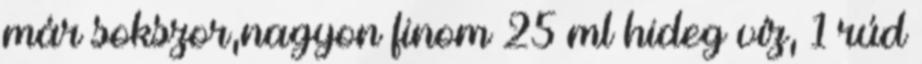
már sokszor,nagyon finom 25 ml hideg víz, 1 rúd